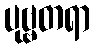
ပုဗ္ဗတရာ